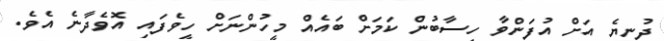
ދުނިޔެ އަށް އުފަންވާ ހިސާބުން ކަމަށް ބައެއް މީހުންނަށް ހީވެފައި އޮވެދާނެ އެވެ.